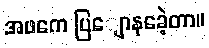
အဖကေ ပြျောနခေဲ့တာ။